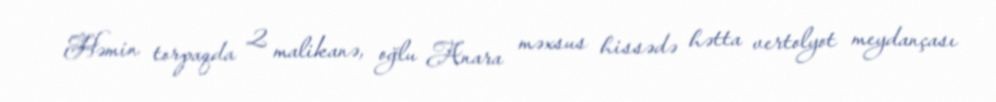
Həmin torpaqda 2 malikanə, oğlu Anara məxsus hissədə hətta vertolyot meydançası